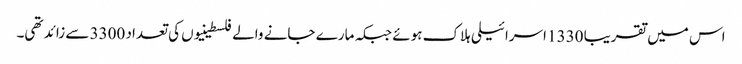
اس میں تقریبا 1330 اسرائیلی ہلاک ہوئے جبکہ مارے جانے والے فلسطینیوں کی تعداد 3300 سے زائد تھی۔